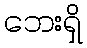
ဘေးရှိ